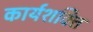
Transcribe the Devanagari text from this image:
कार्यशक्‍ति